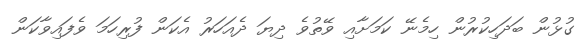
ގުޅުން ބަދަހިކުރުން ހިމެނޭ ކަމަށާއި ވޭތުވެ ދިޔަ ދެއަހަރު އެކަން ފުރިހަމަ ވެފައިވާކަން